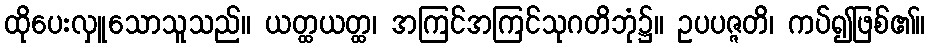
ထိုပေးလှူသောသူသည်။ ယတ္ထယတ္ထ၊ အကြင်အကြင်သုဂတိဘုံ၌။ ဥပပဇ္ဇတိ၊ ကပ်၍ဖြစ်၏။